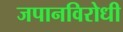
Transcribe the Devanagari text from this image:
जपानविरोधी